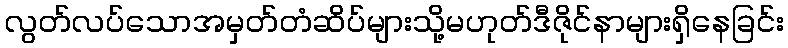
လွတ်လပ်သောအမှတ်တံဆိပ်များသို့မဟုတ်ဒီဇိုင်နာများရှိနေခြင်း